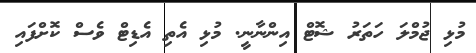
މުޅި ޖުމްލަ ހަތަރު ޝޮޓް އިންނާނީ. މުޅި އެތި އެޑިޓް ވެސް ކޮށްފައި